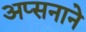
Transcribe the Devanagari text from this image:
अप्सनाने